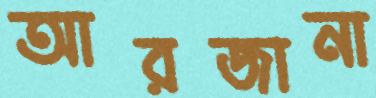
আরজানা